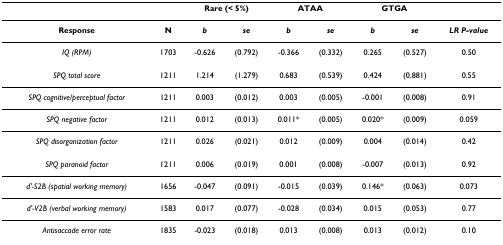
<table><thead><tr><td></td><td></td><td colspan="2"><b>Rare (&lt; 5%)</b></td><td colspan="2"><b>ATAA</b></td><td colspan="2"><b>GTGA</b></td><td></td></tr></thead><tbody><tr><td><b>Response</b></td><td><b>N</b></td><td><b><i>b</i></b></td><td><b><i>se</i></b></td><td><b><i>b</i></b></td><td><b><i>se</i></b></td><td><b><i>b</i></b></td><td><b><i>se</i></b></td><td><b><i>LR P-value</i></b></td></tr><tr><td><i>IQ (RPM)</i></td><td>1703</td><td>-0.626</td><td>(0.792)</td><td>-0.366</td><td>(0.332)</td><td>0.265</td><td>(0.527)</td><td>0.50</td></tr><tr><td><i>SPQ total score</i></td><td>1211</td><td>1.214</td><td>(1.279)</td><td>0.683</td><td>(0.539)</td><td>0.424</td><td>(0.881)</td><td>0.55</td></tr><tr><td><i>SPQ cognitive/perceptual factor</i></td><td>1211</td><td>0.003</td><td>(0.012)</td><td>0.003</td><td>(0.005)</td><td>-0.001</td><td>(0.008)</td><td>0.91</td></tr><tr><td><i>SPQ negative factor</i></td><td>1211</td><td>0.012</td><td>(0.013)</td><td>0.011*</td><td>(0.005)</td><td>0.020*</td><td>(0.009)</td><td>0.059</td></tr><tr><td><i>SPQ disorganization factor</i></td><td>1211</td><td>0.026</td><td>(0.021)</td><td>0.012</td><td>(0.009)</td><td>0.004</td><td>(0.014)</td><td>0.42</td></tr><tr><td><i>SPQ paranoid factor</i></td><td>1211</td><td>0.006</td><td>(0.019)</td><td>0.001</td><td>(0.008)</td><td>-0.007</td><td>(0.013)</td><td>0.92</td></tr><tr><td><i>d&#x27;-S2B (spatial working memory)</i></td><td>1656</td><td>-0.047</td><td>(0.091)</td><td>-0.015</td><td>(0.039)</td><td>0.146*</td><td>(0.063)</td><td>0.073</td></tr><tr><td><i>d&#x27;-V2B (verbal working memory)</i></td><td>1583</td><td>0.017</td><td>(0.077)</td><td>-0.028</td><td>(0.034)</td><td>0.015</td><td>(0.053)</td><td>0.77</td></tr><tr><td><i>Antisaccade error rate</i></td><td>1835</td><td>-0.023</td><td>(0.018)</td><td>0.013</td><td>(0.008)</td><td>0.013</td><td>(0.012)</td><td>0.10</td></tr></tbody></table>